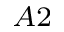
_ { A 2 }